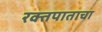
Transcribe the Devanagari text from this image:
रक्तपाताचा